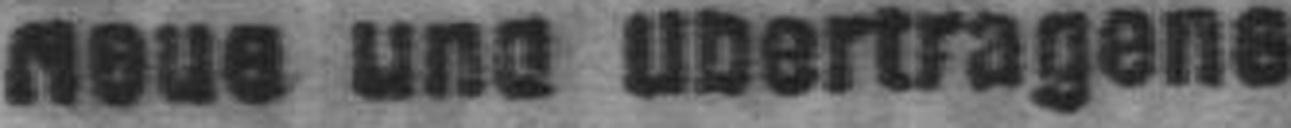
neun und ubertragens